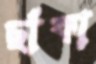
ছাঁকা